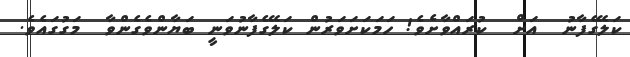
ކަލޭގެފާނު  އަށް  ކުރައްވާށެވެ! ހަމަކަށަވަރުން ކަލޭގެފާނުވަނީ ބަޔާންވެގެންވާ  މަގުގައެވެ.